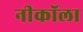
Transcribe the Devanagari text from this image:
नीकॉला